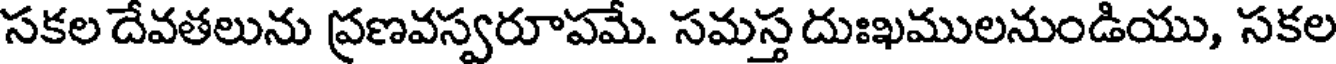
సకల దేవతలును ప్రణవస్వరూపమే. సమస్త దుఃఖములనుండియు, సకల